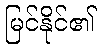
မြင်နိုင်၏